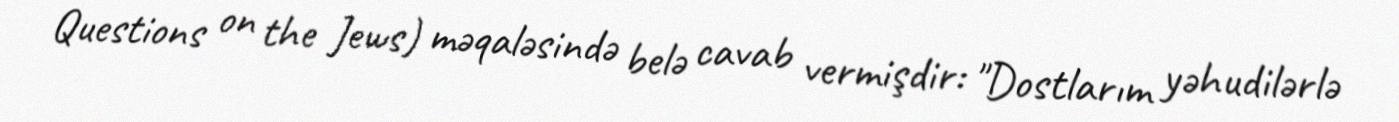
Questions on the Jews) məqaləsində belə cavab vermişdir: "Dostlarım yəhudilərlə